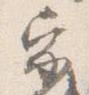
家